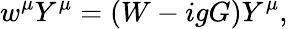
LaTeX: w^{\mu}Y^{\mu}=(W-igG)Y^{\mu},